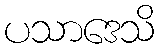
ပသာဒေသိ